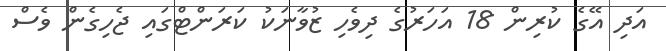
އަދި އޭގެ ކުރިން 18 އަހަރުގެ ދިވެހި ޒުވާނަކު ކަރަންޓްގައި ޖެހިގެން ވެސް